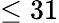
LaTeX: \le 31